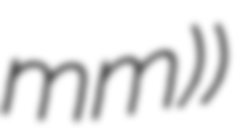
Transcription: mm))